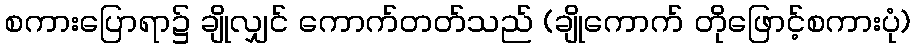
စကားပြောရာ၌ ချိုလျှင် ကောက်တတ်သည် (ချိုကောက် တိုဖြောင့်စကားပုံ)